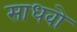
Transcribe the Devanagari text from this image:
साधवो